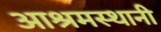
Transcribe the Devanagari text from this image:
आश्रमस्थानी